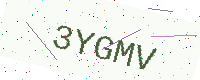
Text: 3YGMV